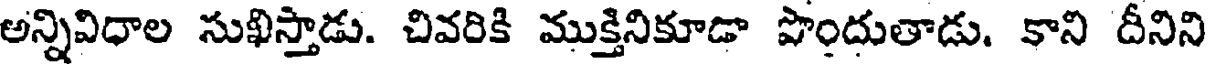
అన్నివిధాల సుఖిస్తాడు. చివరికి ముక్తినికూడా పొందుతాడు. కాని దీనిని